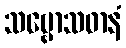
သဗ္ဗောသဓာနံ